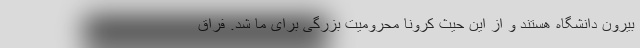
بیرون دانشگاه هستند و از این حیث کرونا محرومیت بزرگی برای ما شد. فراق